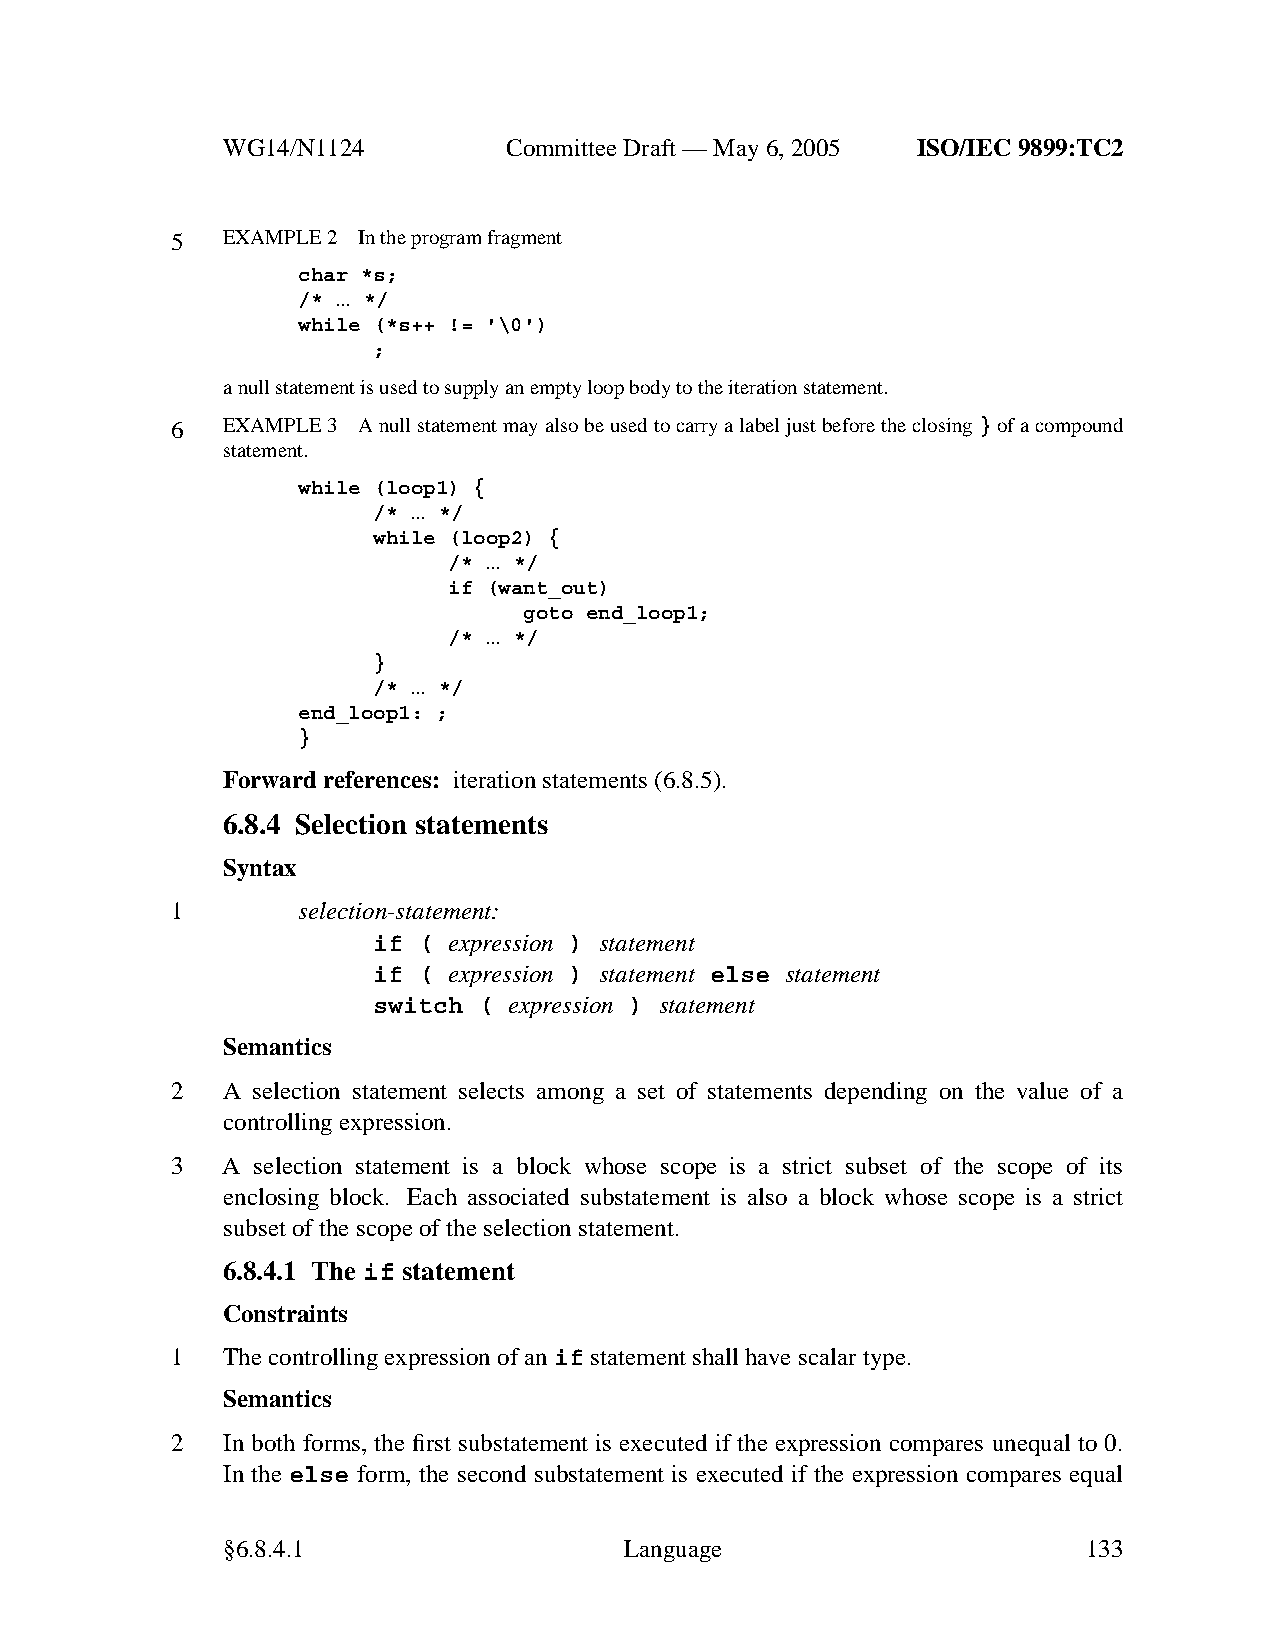
WG14/N1124        CommitteeDraft — May 6, 2005 ISO/IEC 9899:TC2
 5   EXAMPLE 2 In the program fragment
 char *s;
 /* ... */
 while (*s++ != '\0')
 ;
 anull statement is used to supply an empty loop body to the iteration statement.
 6   EXAMPLE 3 Anull statement may also be used to carry a label just before the closing}of a compound
 statement.
 while (loop1) {
 /* ... */
 while (loop2) {
 /* ... */
 if (want_out)
 goto end_loop1;
 /* ... */
 }
 /* ... */
 end_loop1: ;
 }
 Forward references: iteration statements (6.8.5).
 6.8.4 Selection statements
 Syntax
 1        selection-statement:
 if ( expression ) statement
 if ( expression ) statement else statement
 switch ( expression ) statement
 Semantics
 2   A selection statement selects among a set of statements depending on the value of a
 controlling expression.
 3   A selection statement is a block whose scope is a strict subset of the scope of its
 enclosing block. Each associated substatement is also a block whose scope is a strict
 subset of the scope of the selection statement.
 6.8.4.1 The if statement
 Constraints
 1   The controlling expression of an if statement shall have scalar type.
 Semantics
 2   In both forms, the first substatement is executed if the expression compares unequal to 0.
 In the else form, the second substatement is executed if the expression compares equal
 §6.8.4.1                  Language                       133